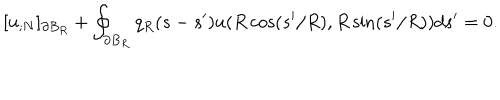
LaTeX: [ u _ { ; N } ] _ { \partial B _ { R } } + \oint _ { \partial B _ { R } } q _ { R } ( s - s ^ { \prime } ) u ( R \cos ( s ^ { \prime } / R ) , R \sin ( s ^ { \prime } / R ) ) d s ^ { \prime } = 0 .